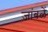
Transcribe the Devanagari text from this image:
जांबळें